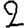
Digit: 2